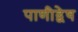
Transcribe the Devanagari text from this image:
पाणीद्वेष